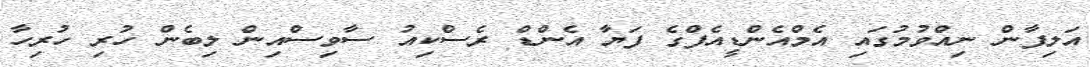
އަލިފާން ނިއްވުމުގައި އެމްއެންޑީއެފްގެ ފަޔާ އެންޑް ރެސްކިއު ސާވިސްއިން ލިބެން ހުރި ހުރިހާ